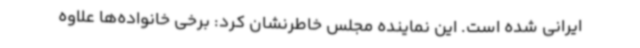
ایرانی شده است. این نماینده مجلس خاطرنشان کرد: برخی خانواده‌ها علاوه